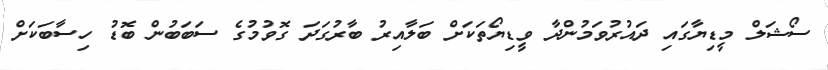
ސޯޝަލް މީޑިޔާގައި ދައުރުވަމުންދާ ވީޑިޔޯތަކަށް ބަލާއިރު ބާރުގަދަ ގޮވުމުގެ ސަބަބުން ބޮޑު ހިސާބަކަށް